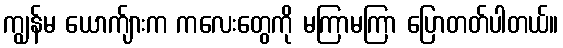
ကျွန်မ ယောက်ျားက ကလေးတွေကို မကြာမကြာ ပြောတတ်ပါတယ်။